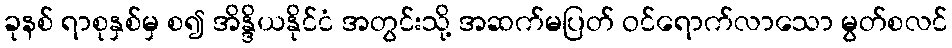
ခုနစ် ရာစုနှစ်မှ စ၍ အိန္ဒိယနိုင်ငံ အတွင်းသို့ အဆက်မပြတ် ဝင်ရောက်လာသော မွတ်စလင်